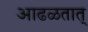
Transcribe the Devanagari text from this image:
आढळतात्